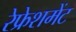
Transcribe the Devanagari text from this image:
रेफ्रेशमेंट